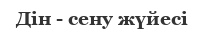
Дін - сену жүйесі